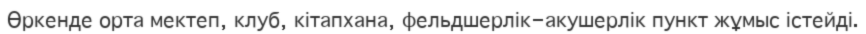
Өркенде орта мектеп, клуб, кітапхана, фельдшерлік-акушерлік пункт жұмыс істейді.